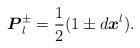
LaTeX: \begin{align*}\boldsymbol{P}_{l}^{\pm }=\frac{1}{2}(1\pm d\boldsymbol{x}^{l}).\end{align*}